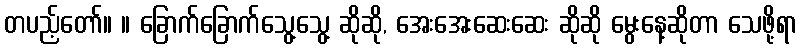
တပည့်တော်။ ။ ခြောက်ခြောက်သွေ့သွေ့ ဆိုဆို, အေးအေးဆေးဆေး ဆိုဆို မွေးနေ့ဆိုတာ သေဖို့ရာ